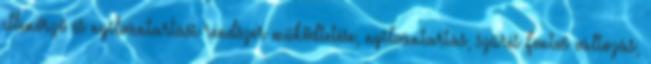
ellenőrző és nyilvántartási rendszer működtetése, nyilvántartás, szűrés Fontos változás,